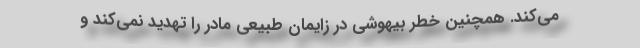
می‌کند. همچنین خطر بیهوشی در زایمان طبیعی مادر را تهدید نمی‌کند و